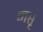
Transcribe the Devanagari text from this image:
नप्तृ